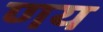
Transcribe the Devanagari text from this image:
णय